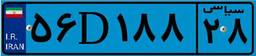
۵۶D۱۸۸۲۸